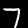
Label: 7